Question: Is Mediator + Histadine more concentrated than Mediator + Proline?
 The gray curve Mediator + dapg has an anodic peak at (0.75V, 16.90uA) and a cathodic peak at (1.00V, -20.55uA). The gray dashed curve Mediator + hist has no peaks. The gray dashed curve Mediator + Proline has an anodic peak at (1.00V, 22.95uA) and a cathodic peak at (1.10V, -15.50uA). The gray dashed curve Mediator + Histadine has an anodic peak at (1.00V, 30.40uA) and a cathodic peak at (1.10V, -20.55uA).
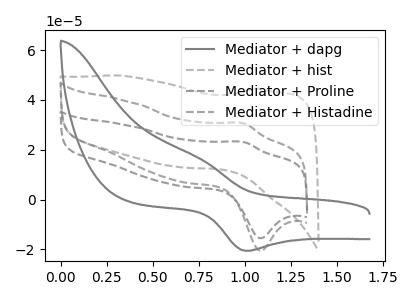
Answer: <think>All the peaks in "Mediator + Histadine" have a peak in "Mediator + Proline" at the same potential. Every peak in "Mediator + Histadine" is higher than every peak in "Mediator + Proline".
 </think>
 <answer>"Mediator + Histadine" has more signal than "Mediator + Proline" and so likely has a higher concentration.</answer>
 <eval>more_concentration</eval>